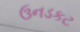
ઉનડકટ